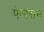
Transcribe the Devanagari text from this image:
फेनसम